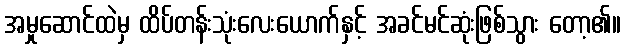
အမှုဆောင်ထဲမှ ထိပ်တန်းသုံးလေးယောက်နှင့် အခင်မင်ဆုံးဖြစ်သွား တော့၏။